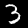
Digit: 3